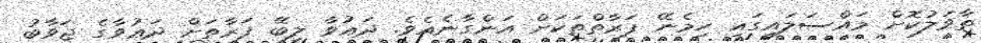
ތާވަލުކޮށް މައްސަލައިގައި ހިމެނޭ ފަރާތްތަކަށް އަންގާނެއެވެ. ދަޢުވާ ލިބޭ ފަރާތަށް ދަޢުވާގެ ޖަވާބު